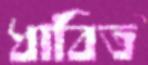
ধাবিত